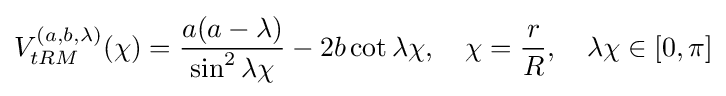
V_{tRM}^{(a,b,\lambda )}(\chi )={\frac {a(a-\lambda )}{\sin ^{2}\lambda \chi }}-2b\cot \lambda \chi ,\quad \chi ={\frac {r}{R}},\quad \lambda \chi \in \left[0,\pi \right]